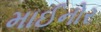
માઈનોર